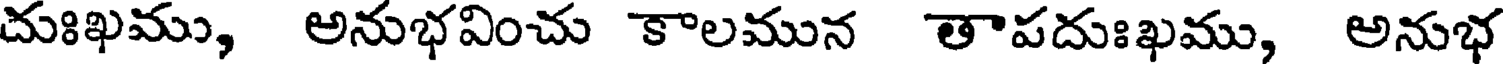
దుఃఖము, అనుభవించు కాలమున తాపదుఃఖము, అనుభ